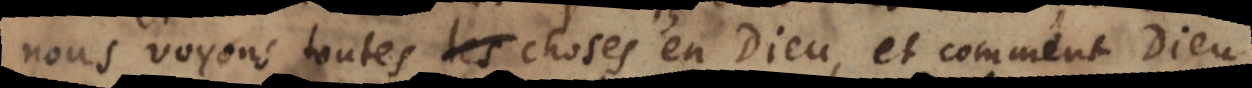
nous voyons toutes les choses en Dieu, et comment Dieu